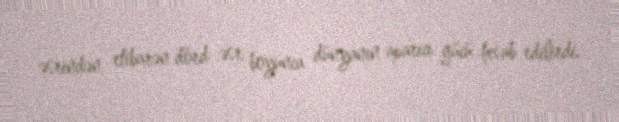
əsrindən etibarən dörd əsr boyunca dünyanın aparıcı gücü hesab edilirdi.